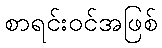
စာရင်းဝင်အဖြစ်